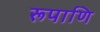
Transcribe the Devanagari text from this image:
रूपाणि